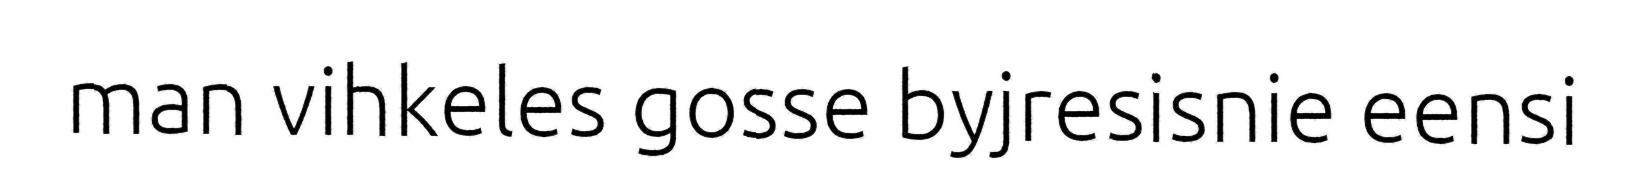
man vihkeles gosse byjresisnie eensi